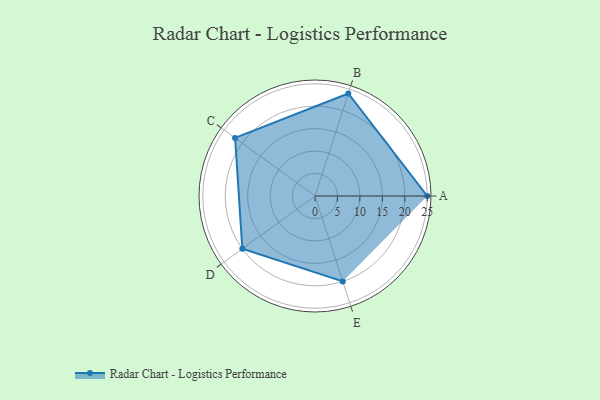
{"axis": {"x": "Skill", "y": "Score"}, "legend": ["Profile"], "data": [{"x": "A", "y": 25.0, "type": "Profile"}, {"x": "B", "y": 24.0, "type": "Profile"}, {"x": "C", "y": 22.0, "type": "Profile"}, {"x": "D", "y": 20, "type": "Profile"}, {"x": "E", "y": 20, "type": "Profile"}]}